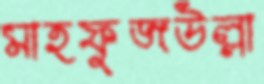
মাহফুজউল্লা